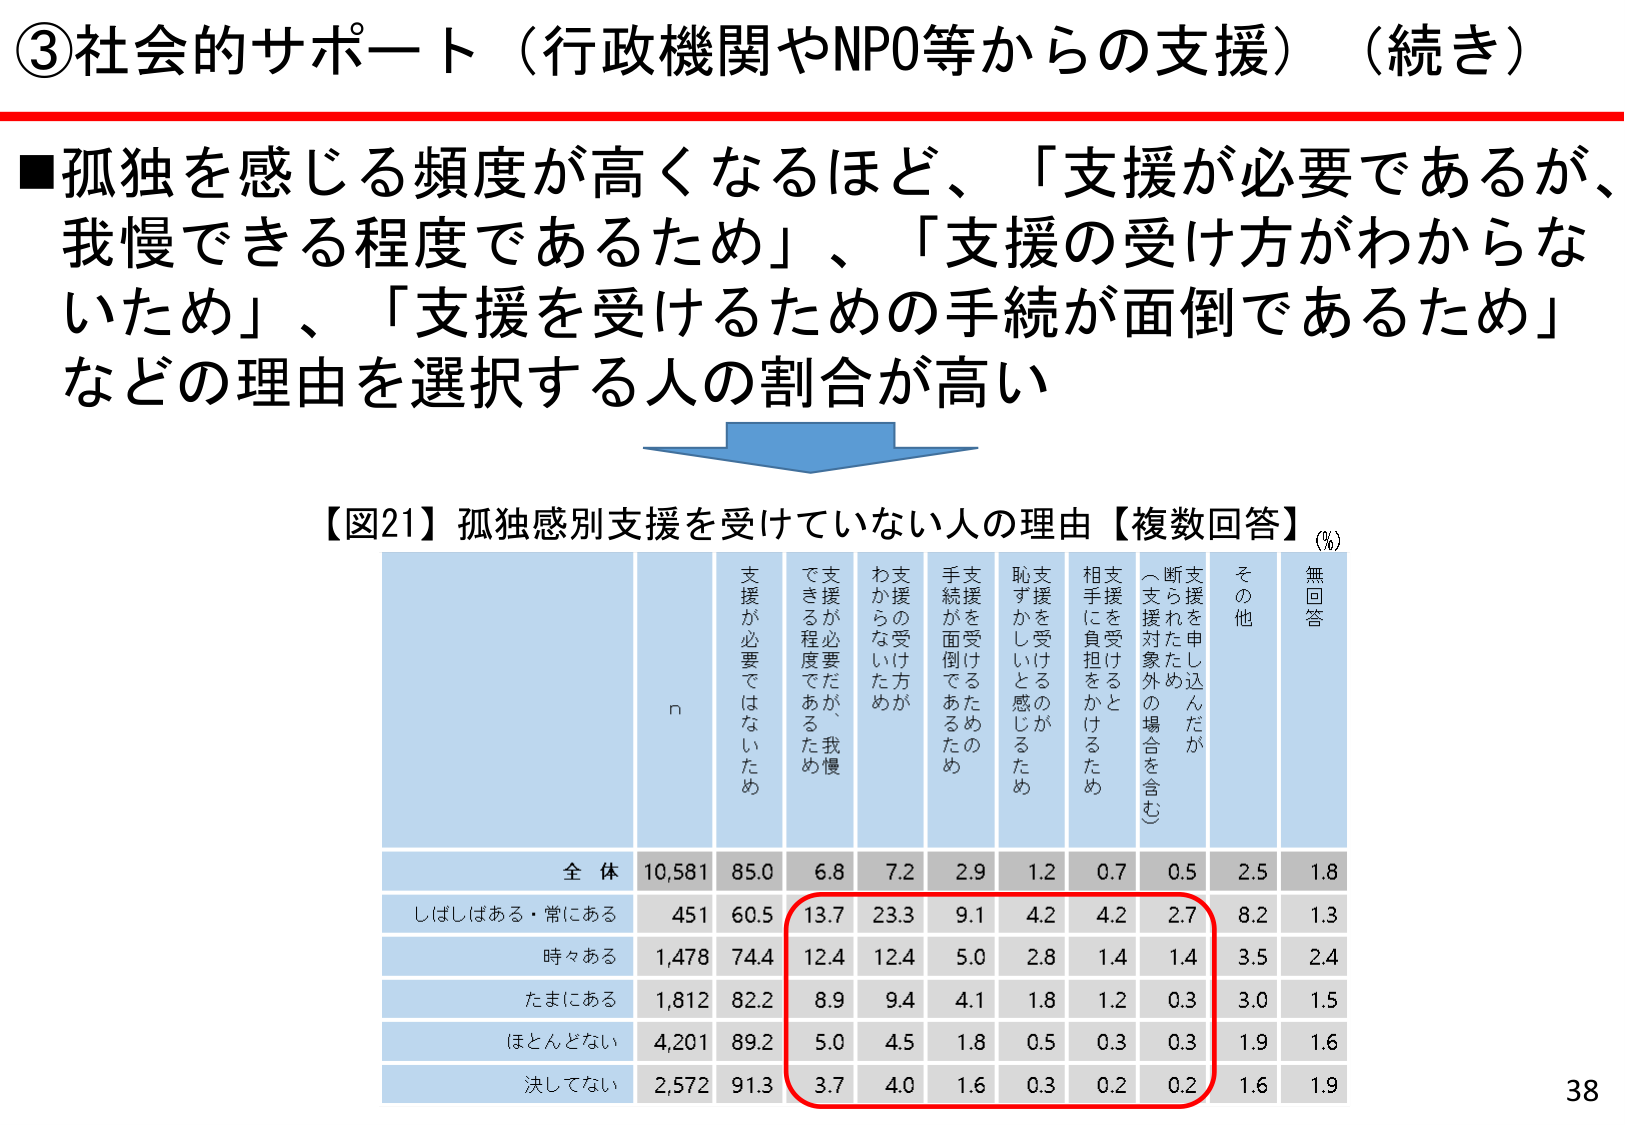
③社会的サポート（行政機関やNPO等からの支援）（続き）

■孤独を感じる頻度が高くなるほど、「支援が必要であるが、我慢できる程度であるため」、「支援の受け方がわからないため」、「支援を受けるための手続が面倒であるため」などの理由を選択する人の割合が高い

【図21】孤独感別支援を受けていない人の理由【複数回答】（%）

n 支援が必要ではないため 支援が必要だが、我慢できる程度であるため 支援の受け方がわからないため 支援を受けるための手続が面倒であるため 支援を受けるのが恥ずかしいと感じるため 相手に負担をかけるため 支援を申し込んだが断られたため（支援対象外の場合を含む） その他 無回答

全体 10,581 85.0 6.8 7.2 2.9 1.2 0.7 0.5 2.5 1.8
しばしばある・常にあり 451 60.5 13.7 23.3 9.1 4.2 4.2 2.7 8.2 1.3
時々ある 1,478 74.4 12.4 12.4 5.0 2.8 1.4 1.4 3.5 2.4
たまにある 1,812 82.2 8.9 9.4 4.1 1.8 1.2 0.3 3.0 1.5
ほとんどない 4,201 89.2 5.0 4.5 1.8 0.5 0.3 0.3 1.9 1.6
決してない 2,572 91.3 3.7 4.0 1.6 0.3 0.2 0.2 1.6 1.9

38